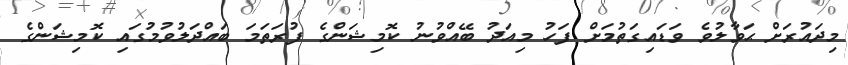
މިދައުރަށް ޙަވާލުވެ ވަޑައިގަތުމަށް ފަހު މިއަދު ބޭއްވުނު ކޮމިޝަންގެ ފުރަތަމަ ބައްދަލުވުމުގައި ކޮމިޝަންގެ